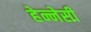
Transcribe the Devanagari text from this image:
हेन्नेसी